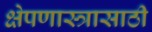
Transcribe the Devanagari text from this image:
क्षेपणास्त्रासाठी